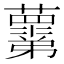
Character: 𧃣